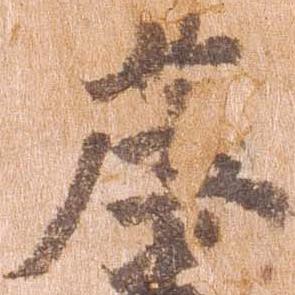
庄